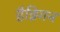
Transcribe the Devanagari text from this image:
हैन्निगन